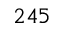
2 4 5